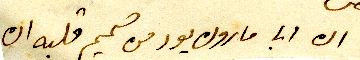
ان ابا مارون يود من صميم قلبه ان